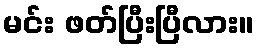
မင်း ဖတ်ပြီးပြီလား။